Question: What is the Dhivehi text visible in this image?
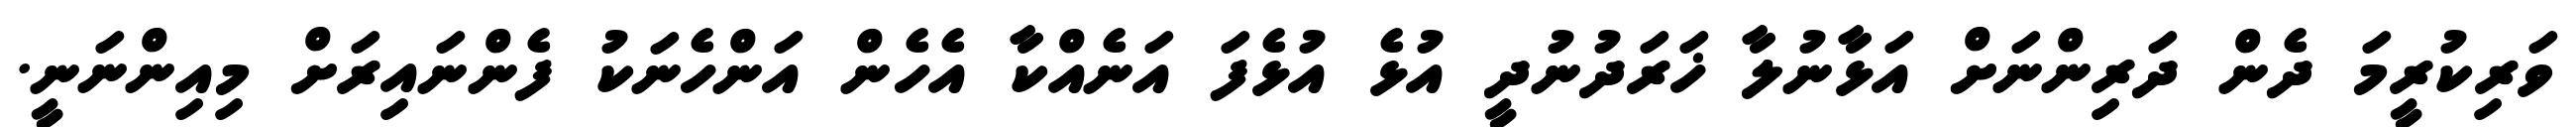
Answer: ވަރިކުރީމަ ދެން ދަރިންނަށް އަޅާނުލާ ޚަރަދުނުދީ އުޅެ އުޅެފަ އަނެއްކާ އެހެން އަންހެނަކު ފެންނައިރަށް މިއިންނަނީ.